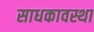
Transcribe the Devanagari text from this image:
साधकावस्था